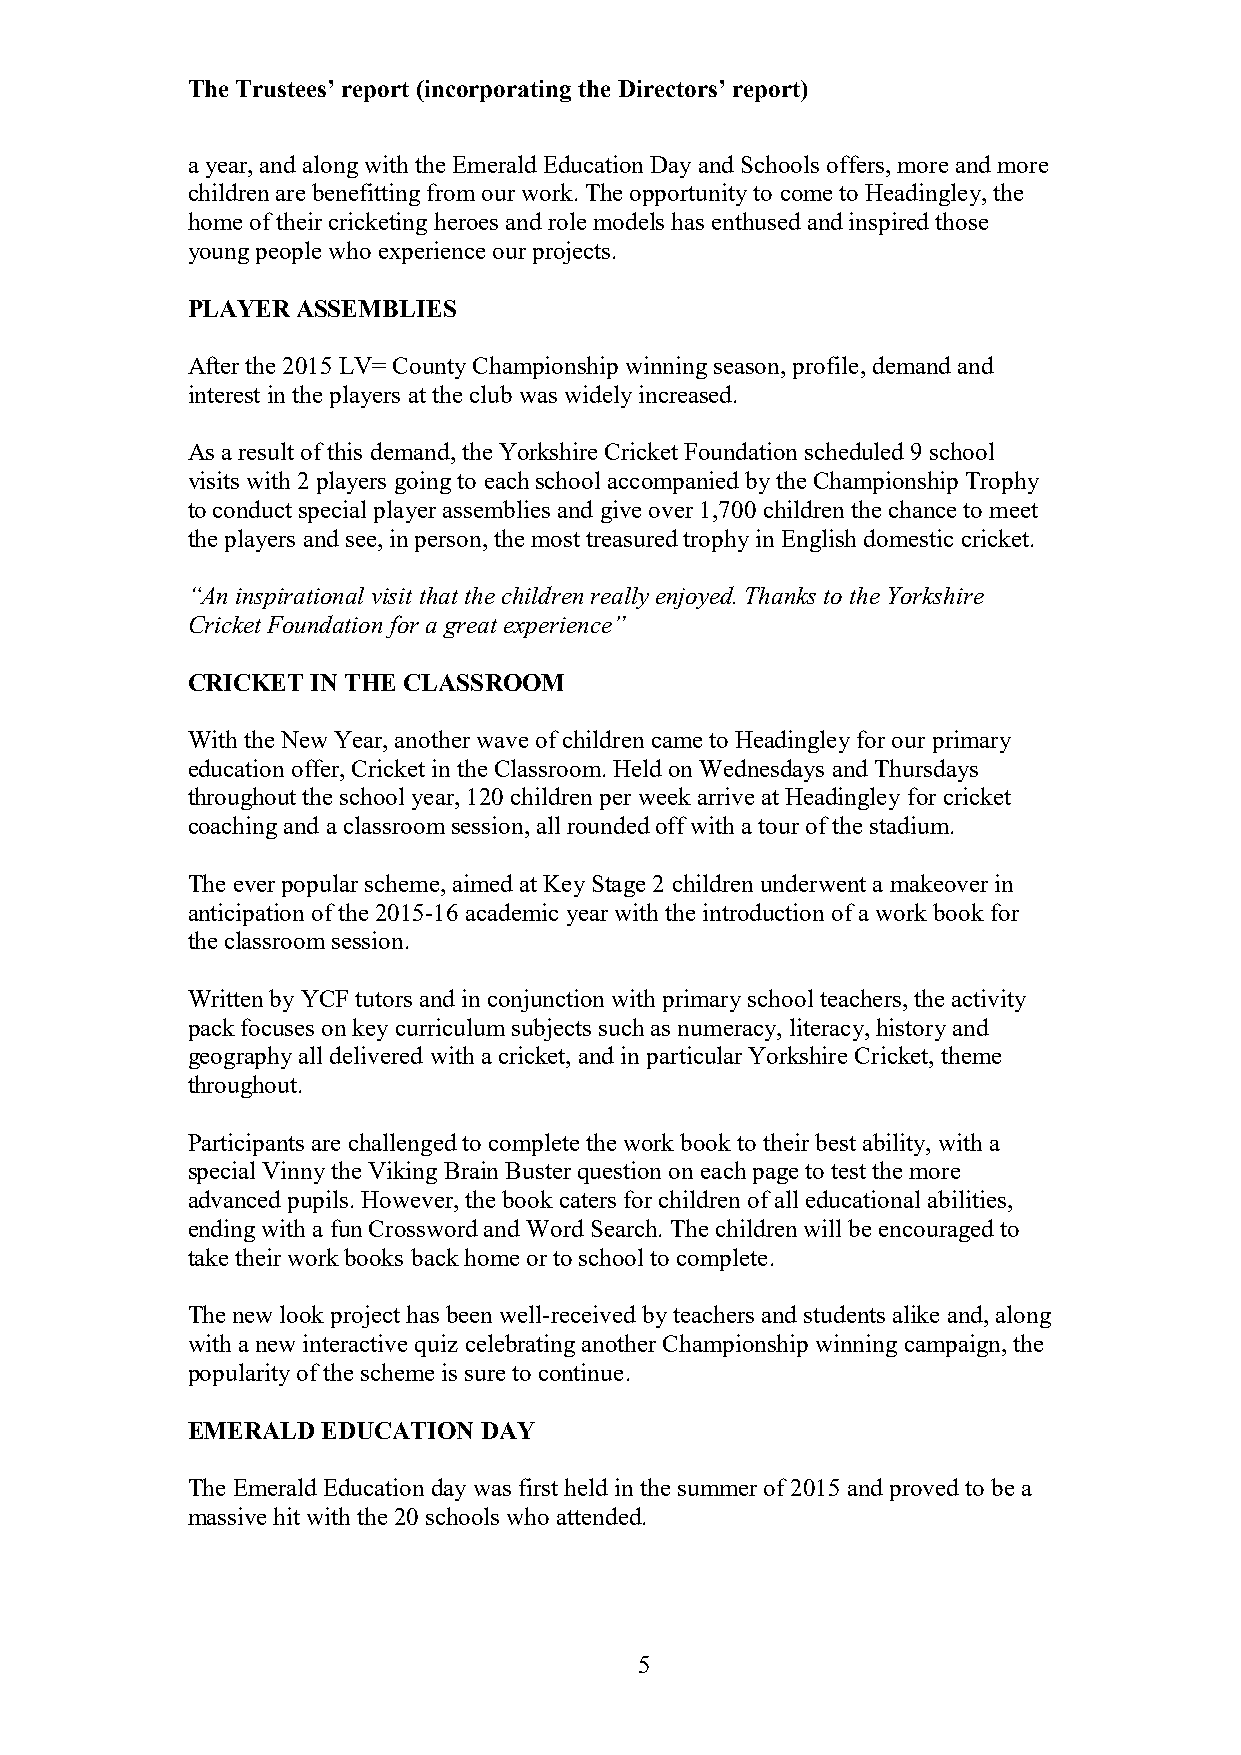
The Trustees’ report (incorporating the Directors’ report)
 a year, and along with the Emerald Education Day and Schools offers, more and more
 children are benefitting from our work. The opportunity to come to Headingley, the
 home of their cricketing heroes and role models has enthused and inspired those
 young people who experience our projects.
 PLAYER  ASSEMBLIES
 After the 2015 LV= County Championship winning season, profile, demand and
 interest in the players at the club was widely increased.
 As a result of this demand, the Yorkshire Cricket Foundation scheduled 9 school
 visits with 2 players going to each school accompanied by the Championship Trophy
 to conduct special player assemblies and give over 1,700 children the chance to meet
 the players and see, in person, the most treasured trophy in English domestic cricket.
 “An inspirational visit that the children really enjoyed. Thanks to the Yorkshire
 Cricket Foundation for a great experience”
 CRICKET  IN THE CLASSROOM
 With the New Year, another wave of children came to Headingley for our primary
 education offer, Cricket in the Classroom. Held on Wednesdays and Thursdays
 throughout the school year, 120 children per week arrive at Headingley for cricket
 coaching and a classroom session, all rounded off with a tour of the stadium.
 The ever popular scheme, aimed at Key Stage 2 children underwent a makeover in
 anticipation of the 2015-16 academic year with the introduction of a work book for
 the classroom session.
 Written by YCF tutors and in conjunction with primary school teachers, the activity
 pack focuses on key curriculum subjects such as numeracy, literacy, history and
 geography all delivered with a cricket, and in particular Yorkshire Cricket, theme
 throughout.
 Participants are challenged to complete the work book to their best ability, with a
 special Vinny the Viking Brain Buster question on each page to test the more
 advanced pupils. However, the book caters for children of all educational abilities,
 ending with a fun Crossword and Word Search. The children will be encouraged to
 take their work books back home or to school to complete.
 The new look project has been well-received by teachers and students alike and, along
 with a new interactive quiz celebrating another Championship winning campaign, the
 popularity of the scheme is sure to continue.
 EMERALD  EDUCATION  DAY
 The Emerald Education day was first held in the summer of 2015 and proved to be a
 massive hit with the 20 schools who attended.
 5